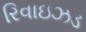
રિવાઇઝડ